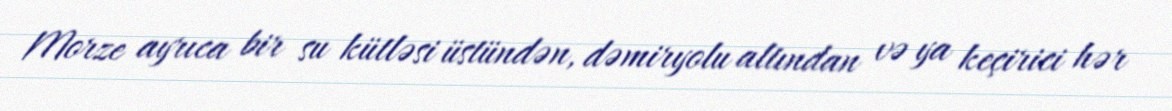
Morze ayrıca bir su kütləsi üstündən, dəmiryolu altından və ya keçirici hər